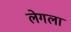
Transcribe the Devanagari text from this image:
लेगला